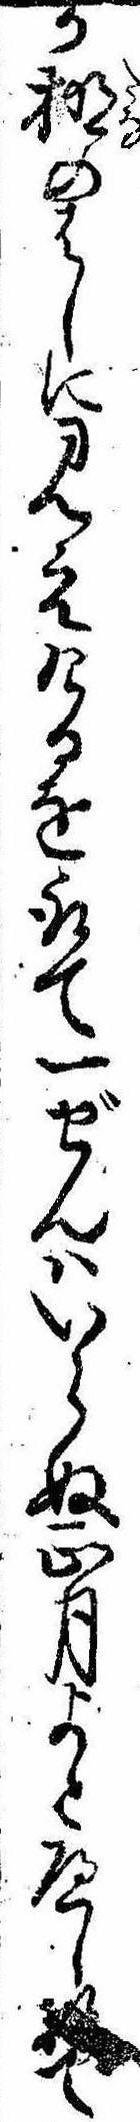
か棚のはしに見えけるを取て一ぜんはいらぬ正月よとへして